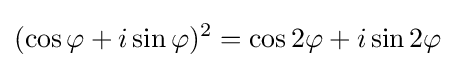
(\cos \varphi +i\sin \varphi )^{2}=\cos 2\varphi +i\sin 2\varphi